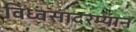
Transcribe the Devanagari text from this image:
विध्वंसादरम्यान